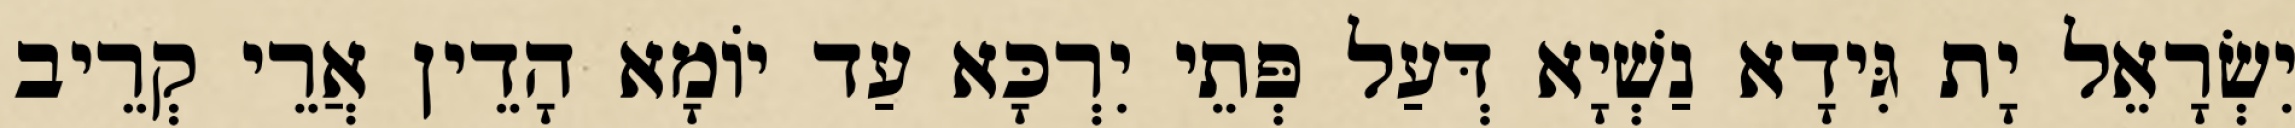
יִשְׂרָאֵל יָת גִּידָא נַשְׁיָא דְּעַל פְּתֵי יִרְכָּא עַד יוֹמָא הָדֵין אֲרֵי קְרֵיב